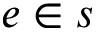
e \in s